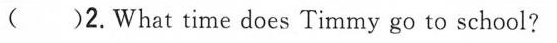
( ) 2.What time does Timmy go to school?